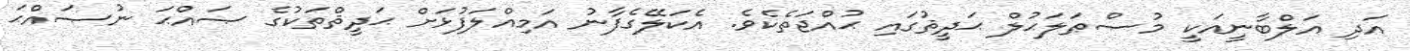
އަދި އަލްބާނީއަކީ މުޞްޠަލަޙުލް ޙަދީޘުގައި ޙުއްޖަތެކެވެ. އެކަލޭގެފާނު އަމިއްލަފުޅަށް ޙަދީޘްތަކުގެ ޞައްޙަ ނުޞައްޙަ